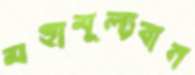
মহামূল্যবান